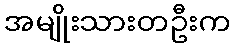
အမျိုးသားတဦးက